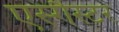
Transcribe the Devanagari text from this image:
एस्गैस्टर